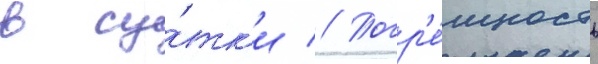
в су́тк'и // Погр'е́шность